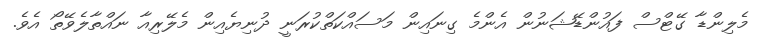
މެލިންޑާ ގޭޓްސް ފައުންޑޭޝަނުން އެންމެ ގިނައިން މަސައްކަތްކުރަނީ ދުނިޔެއިން މެލޭރިއާ ނައްތާލެވޭތޯ އެވެ.